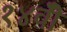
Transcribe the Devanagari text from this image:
१४वीँ